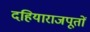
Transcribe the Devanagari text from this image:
दहियाराजपूतों